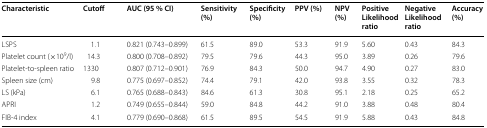
| Characteristic | Cutoff | AUC (95 % CI) | Sensitivity (%) | Specificity (%) | PPV (%) | NPV (%) | Positive Likelihood ratio | Negative Likelihood ratio | Accuracy (%) |
 | --- | --- | --- | --- | --- | --- | --- | --- | --- | --- |
 | LSPS | 1.1 | 0.821 (0.743–0.899) | 61.5 | 89.0 | 53.3 | 91.9 | 5.60 | 0.43 | 84.3 |
 | Platelet count (×109/l) | 14.3 | 0.800 (0.708–0.892) | 79.5 | 79.6 | 44.3 | 95.0 | 3.89 | 0.26 | 79.6 |
 | Platelet-to-spleen ratio | 1330 | 0.807 (0.712–0.901) | 76.9 | 84.3 | 50.0 | 94.7 | 4.90 | 0.27 | 83.0 |
 | Spleen size (cm) | 9.8 | 0.775 (0.697–0.852) | 74.4 | 79.1 | 42.0 | 93.8 | 3.55 | 0.32 | 78.3 |
 | LS (kPa) | 6.1 | 0.765 (0.688–0.843) | 84.6 | 61.3 | 30.8 | 95.1 | 2.18 | 0.25 | 65.2 |
 | APRI | 1.2 | 0.749 (0.655–0.844) | 59.0 | 84.8 | 44.2 | 91.0 | 3.88 | 0.48 | 80.4 |
 | FIB-4 index | 4.1 | 0.779 (0.690–0.868) | 61.5 | 89.5 | 54.5 | 91.9 | 5.88 | 0.43 | 84.8 |